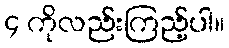
၄ ကိုလည်းကြည့်ပါ။